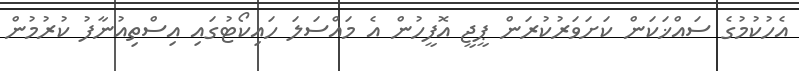
އެހުކުމުގެ ސައްޚަކަން ކަށަވަރުކުރަން ޕީޖީ އޮފީހުން އެ މައްސަލަ ހައިކޯޓުގައި އިސްތިއުނާފު ކުރުމުން